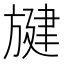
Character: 旔